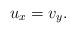
LaTeX: \begin{align*}u_x=v_y.\end{align*}